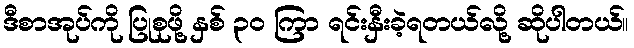
ဒီစာအုပ်ကို ပြုစုဖို့ နှစ် ၃၀ ကြာ ရင်းနှီးခဲ့ရတယ်လို့ ဆိုပါတယ်။